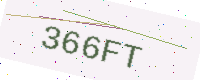
Text: 366FT